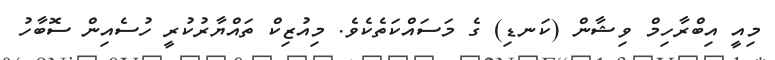
މިއީ އިބްރާހިމް ވިޝާން (ކަނޑި) ގެ މަސައްކަތެކެވެ. މިއުޒިކް ތައްޔާރުކުރީ ހުސެއިން ސޮބާހު